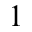
^ 1